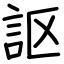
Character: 𧦅